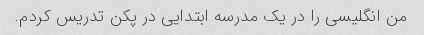
من انگلیسی را در یک مدرسه ابتدایی در پکن تدریس کردم.